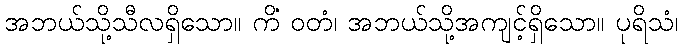
အဘယ်သို့သီလရှိသော။ ကိံ ဝတံ၊ အဘယ်သို့အကျင့်ရှိသော။ ပုရိသံ၊